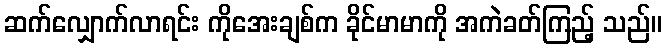
ဆက်လျှောက်လာရင်း ကိုအေးချစ်က ခိုင်မာမာကို အကဲခတ်ကြည့် သည်။